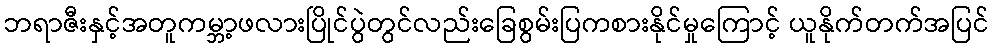
ဘရာဇီးနှင့်အတူကမ္ဘာ့ဖလားပြိုင်ပွဲတွင်လည်းခြေစွမ်းပြကစားနိုင်မှုကြောင့် ယူနိုက်တက်အပြင်